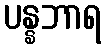
ပန္နဘာရ